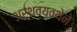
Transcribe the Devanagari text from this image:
अर्थव्यवथेने